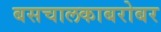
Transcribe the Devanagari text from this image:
बसचालकाबरोबर